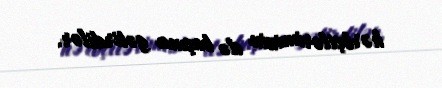
hərbçilərimizin də başına gətirdilər.